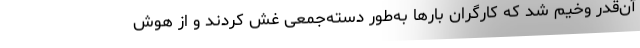
آن‌قدر وخیم شد که کارگران بارها به‌طور دسته‌جمعی غش کردند و از هوش